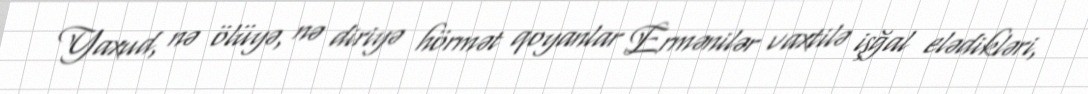
Yaxud, nə ölüyə, nə diriyə hörmət qoyanlar Ermənilər vaxtilə işğal elədikləri,